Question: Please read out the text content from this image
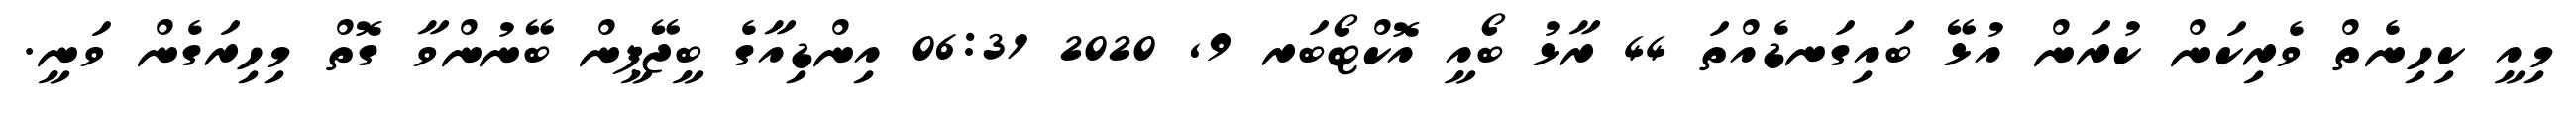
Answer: މިއީ ކިހިނެތް ވެރިކަން ކުރަން އުޅޭ ބައިގަނޑެއްތަ 44 ރާޅު ބޯއީ އޮކްޓޯބަރ 9, 2020 06:31 އިންޑިއާގެ ބީޖޭޕީން ބޭނުންވާ ގޮތް މިހިރަގެން ވަނީ.